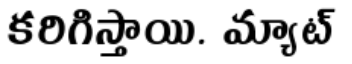
కరిగిస్తాయి. మ్యాట్